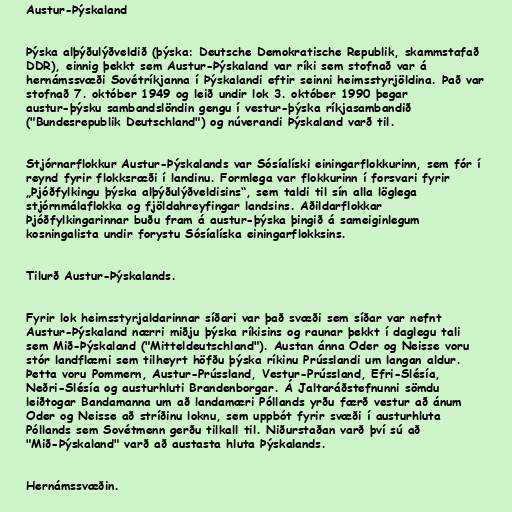
Austur-Þýskaland

Þýska alþýðulýðveldið (þýska: Deutsche Demokratische Republik, skammstafað
DDR), einnig þekkt sem Austur-Þýskaland var ríki sem stofnað var á
hernámssvæði Sovétríkjanna í Þýskalandi eftir seinni heimsstyrjöldina. Það var
stofnað 7. október 1949 og leið undir lok 3. október 1990 þegar
austur-þýsku sambandslöndin gengu í vestur-þýska ríkjasambandið
("Bundesrepublik Deutschland") og núverandi Þýskaland varð til.

Stjórnarflokkur Austur-Þýskalands var Sósíalíski einingarflokkurinn, sem fór í
reynd fyrir flokksræði í landinu. Formlega var flokkurinn í forsvari fyrir
„Þjóðfylkingu þýska alþýðulýðveldisins“, sem taldi til sín alla löglega
stjórnmálaflokka og fjöldahreyfingar landsins. Aðildarflokkar
Þjóðfylkingarinnar buðu fram á austur-þýska þingið á sameiginlegum
kosningalista undir forystu Sósíalíska einingarflokksins.

Tilurð Austur-Þýskalands.

Fyrir lok heimsstyrjaldarinnar síðari var það svæði sem síðar var nefnt
Austur-Þýskaland nærri miðju þýska ríkisins og raunar þekkt í daglegu tali
sem Mið-Þýskaland ("Mitteldeutschland"). Austan ánna Oder og Neisse voru
stór landflæmi sem tilheyrt höfðu þýska ríkinu Prússlandi um langan aldur.
Þetta voru Pommern, Austur-Prússland, Vestur-Prússland, Efri-Slésía,
Neðri-Slésía og austurhluti Brandenborgar. Á Jaltaráðstefnunni sömdu
leiðtogar Bandamanna um að landamæri Póllands yrðu færð vestur að ánum
Oder og Neisse að stríðinu loknu, sem uppbót fyrir svæði í austurhluta
Póllands sem Sovétmenn gerðu tilkall til. Niðurstaðan varð því sú að
"Mið-Þýskaland" varð að austasta hluta Þýskalands.

Hernámssvæðin.